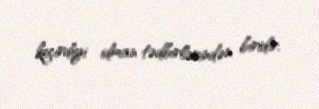
keçirdiyi idman tədbirlərindən biridir.